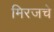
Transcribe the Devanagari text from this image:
मिरजचे